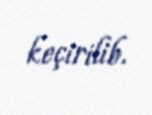
keçirilib.